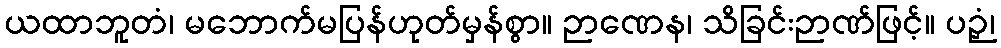
ယထာဘူတံ၊ မဘောက်မပြန်ဟုတ်မှန်စွာ။ ဉာဏေန၊ သိခြင်းဉာဏ်ဖြင့်။ ပဉှံ၊